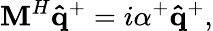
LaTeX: \mathbf{M}^{H}\mathbf{\hat{q}}^{+}=i\alpha^{+}\mathbf{\hat{q}}^{+},